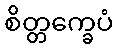
စိတ္တက္ခေပံ